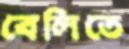
বেলিতে